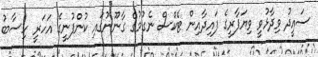
ސައީދު ވިދާޅުވީ ވިޔަފާރީގެ ފައިދާއިން ޓެކްސް ނެގުމުގެ ގާނޫނުގައި ކުންފުނީގެ އަހަރީ ހިސާބު